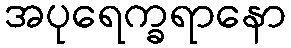
အပုရေက္ခရာနော